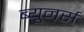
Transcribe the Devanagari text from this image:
ब्यूनर्स